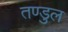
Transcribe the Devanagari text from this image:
तण्डुल